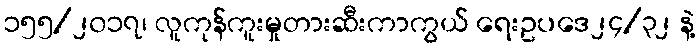
၁၅၅/၂၀၁၇၊ လူကုန်ကူးမှုတားဆီးကာကွယ် ရေးဥပဒေ၂၄/၃၂ နဲ့